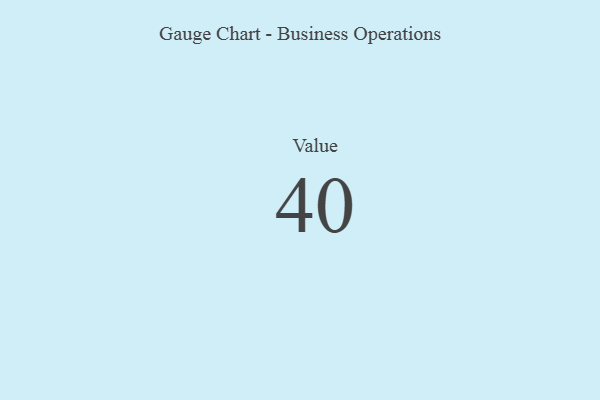
{"axis": {"x": "Metric", "y": "Value"}, "legend": [""], "data": [{"x": "Value", "y": 40, "type": ""}]}